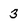
Character: 3